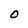
Character: O